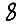
Digit: 8